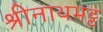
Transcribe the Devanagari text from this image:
श्रीनाथभट्ट